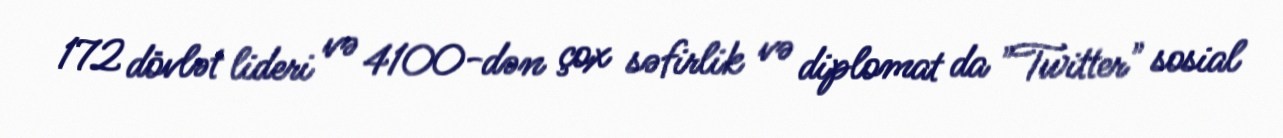
172 dövlət lideri və 4100-dən çox səfirlik və diplomat da "Twitter" sosial